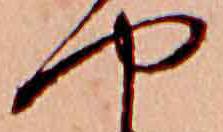
や